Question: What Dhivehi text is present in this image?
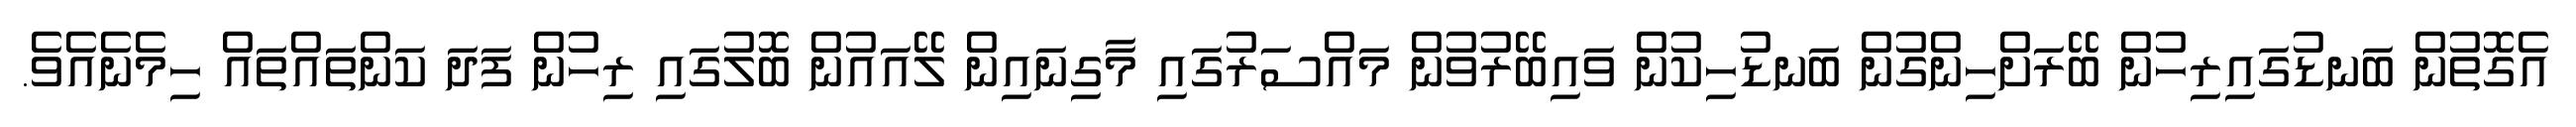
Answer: އެގޮތުން ބަނޑުގައިރިހުން ބޭރަށްހިންގުން ބަނޑުހިކުން ވައިބޭރުވުން މައްސަރުގައި މާގިނައިން ލޭއައުން ބޮލުގައި ރިހުން ފަދަ ކަންތައްތައް ހިމެނެއެވެ.